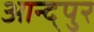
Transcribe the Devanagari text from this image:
आन्द्पुर